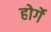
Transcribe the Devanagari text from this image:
होर्गे